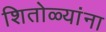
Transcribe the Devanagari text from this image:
शितोळ्यांना